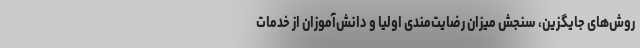
روش‌های جایگزین، سنجش میزان رضایت‌مندی اولیا و دانش‌آموزان از خدمات